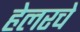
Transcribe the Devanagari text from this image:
हेलरचे